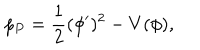
p _ { P } = { \frac { 1 } { 2 } } ( \phi ^ { \prime } ) ^ { 2 } - V ( \phi ) ,